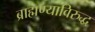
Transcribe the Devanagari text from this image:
ब्राह्मण्याविरुद्ध